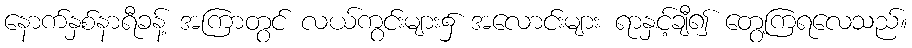
နောက်နှစ်နာရီခန့် အကြာတွင် လယ်ကွင်းများ၌ အလောင်းများ ရာနှင့်ချီ၍ တွေ့ကြရလေသည်။